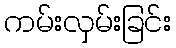
ကမ်းလှမ်းခြင်း